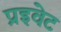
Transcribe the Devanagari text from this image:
प्रइवेट